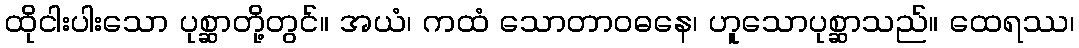
ထိုငါးပါးသော ပုစ္ဆာတို့တွင်။ အယံ၊ ကထံ သောတာဝဓနေ၊ ဟူသောပုစ္ဆာသည်။ ထေရဿ၊